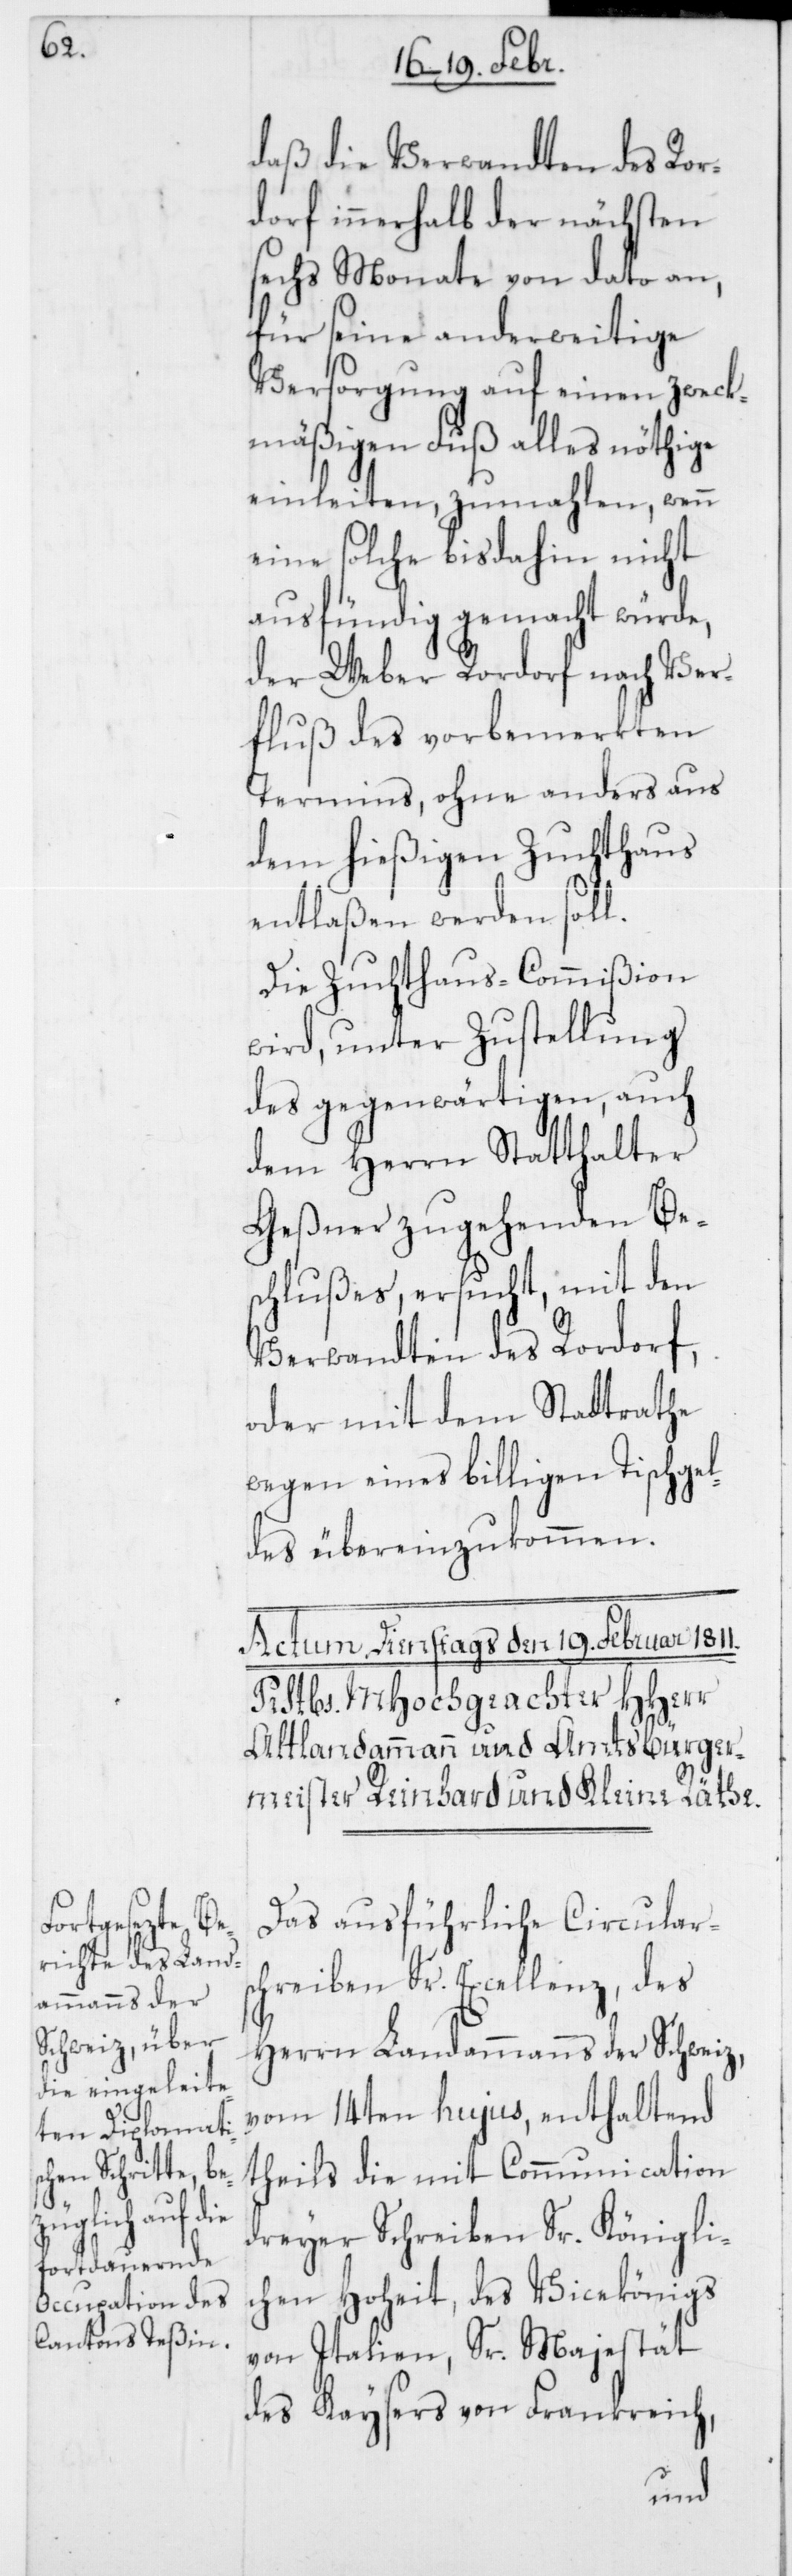
daß die Verwandten des Ror¬
dorf innerhalb der nächsten
sechs Monate von dato an,
für seine anderweitige
Versorgung auf einen zweck¬
mäßigen Fuß alles nöthige
einleiten, zumahlen wenn
eine solche bis dahin nicht
ausfündig gemacht würde,
der Weber Rordorf nach Ver¬
fluß des vorbemerkten
Termins, ohne anders aus
dem hießigen Zuchthaus
entlaßen werden soll.
Die Zuchthaus-Commißion
wird, unter Zustellung
des gegenwärtigen, auch
dem Herrn Statthalter
Geßner zugehenden Be¬
schlußes, ersucht, mit den
Verwandten des Rordorf,
oder mit dem Stadtrathe
wegen eines billigen Tischgel¬
des übereinzukommen.
Das ausführliche Circular¬
schreiben Sr. Excellenz, des
Herrn Landammanns der Schweiz,
vom 14ten hujus, enthaltend
theils die mit Communication
dreyer Schreiben Sr. Königli¬
chen Hoheit, des Vicekönigs
von Italien, Sr. Majestät
des Kaysers von Frankreich,